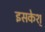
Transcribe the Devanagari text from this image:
इसकेश्